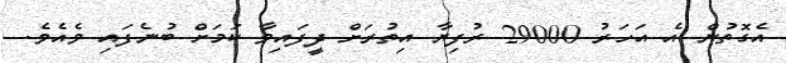
އެގޮތުން އެ އަހަރު 29000 ރުފިޔާ އިތުރަށް ދީފައިވާ ކަމަށް ބުނެފައި ވެއެވެ.